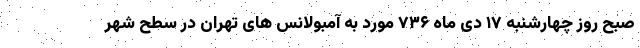
صبح روز چهارشنبه ١٧ دی ماه ٧٣۶ مورد به آمبولانس های تهران در سطح شهر